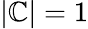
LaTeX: |\mathbb{C}|=1